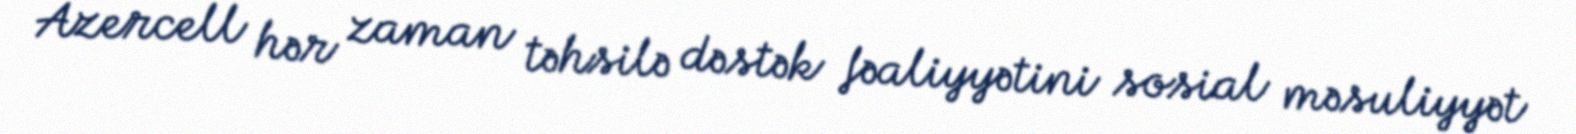
Azercell hər zaman təhsilə dəstək fəaliyyətini sosial məsuliyyət